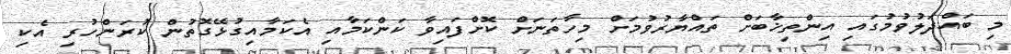
މި ބައްދަލުވުމުގައި އިންތިޚާބަށް ތައްޔާރުވުމަށް މިހާތަނަށް ކޮށްފައިވާ ކަންކަމާއި އެކަމާއިގުޅޭގޮތުން ކުރަންހުރި އެކި